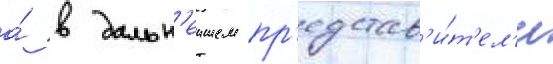
а́ в дальн'еишем пр'едстав'и́т'ел'и